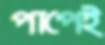
পাপেই